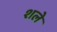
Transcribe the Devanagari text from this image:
शले